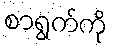
စာရွက်ကို